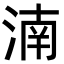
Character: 湳